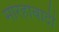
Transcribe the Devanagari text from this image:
मोरहाबादी